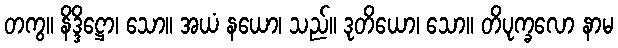
တကွ။ နိဒ္ဒိဋ္ဌော၊ သော။ အယံ နယော၊ သည်။ ဒုတိယော၊ သော။ တိပုက္ခလော နာမ